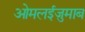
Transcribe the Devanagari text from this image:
ओमलईज़ुमाब